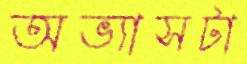
অভ্যাসটা